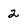
Character: 2